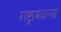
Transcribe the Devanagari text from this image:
राष्ट्रामधल्या